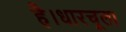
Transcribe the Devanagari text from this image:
है।धारचूला